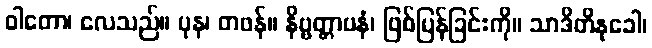
ဝါတော၊ လေသည်။ ပုန၊ တဖန်။ နိဗ္ဗတ္တာပနံ၊ ဖြစ်ပြန်ခြင်းကို။ သာဒိတိနုခေါ၊